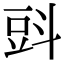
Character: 㪷